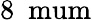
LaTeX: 8~\mathrm{\ mum}